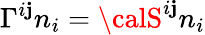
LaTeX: \Gamma^{i\mathbf{j}}n_{i}={\calS}^{i\mathbf{j}}n_{i}